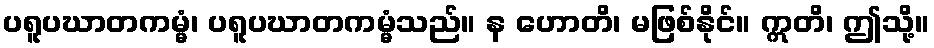
ပရူပဃာတကမ္မံ၊ ပရူပဃာတကမ္မံသည်။ န ဟောတိ၊ မဖြစ်နိုင်။ ဣတိ၊ ဤသို့။